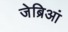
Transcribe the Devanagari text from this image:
जेब्रिआं